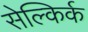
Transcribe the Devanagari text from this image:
सेल्किर्क